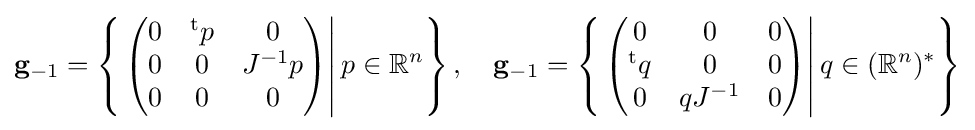
\mathbf {g} _{-1}=\left\{\left.{\begin{pmatrix}0&^{\text{t}}p&0\\0&0&J^{-1}p\\0&0&0\end{pmatrix}}\right|p\in \mathbb {R} ^{n}\right\},\quad \mathbf {g} _{-1}=\left\{\left.{\begin{pmatrix}0&0&0\\^{\text{t}}q&0&0\\0&qJ^{-1}&0\end{pmatrix}}\right|q\in (\mathbb {R} ^{n})^{*}\right\}